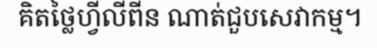
គិតថ្លៃហ្វីលីពីន ណាត់ជួបសេវាកម្ម។